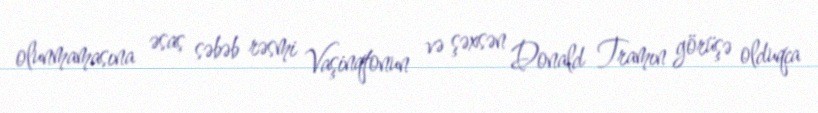
olunmamasına əsas səbəb rəsmi Vaşinqtonun və şəxsən Donald Tramın görüşə olduqca